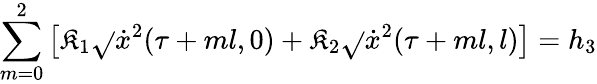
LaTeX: \sum_{m=0}^{2}\left[\mathfrak{K}_{1}\sqrt{}{{\dot{{x}}^{2}(\tau+ml,0)}}+\mathfrak{K}_{2}\sqrt{}{{\dot{{x}}^{2}(\tau+ml,l)}}\right]=h_{3}